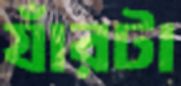
যাঁরটা